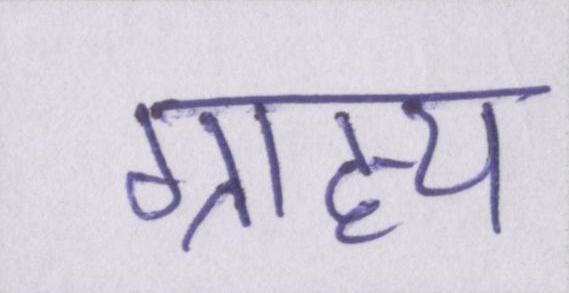
ग्राह्य